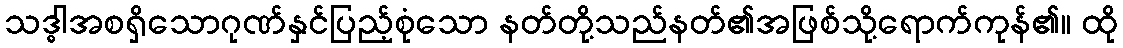
သဒ္ဓါအစရှိသောဂုဏ်နှင်ပြည့်စုံသော နတ်တို့သည်နတ်၏အဖြစ်သို့ရောက်ကုန်၏။ ထို